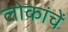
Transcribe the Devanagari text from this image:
लोकांचें